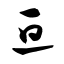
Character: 亘